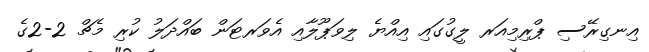
އިނގިރޭސި ޕްރިމިއަރ ލީގުގައި އިއްޔެ ލިވަޕޫލާއި އެވަރޓަން ބައްދަލު ކުރި މެޗް 2-2ގެ